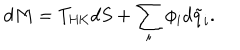
LaTeX: d M = T _ { \mathrm { H K } } d S + \sum _ { i } \phi _ { i } d \tilde { q } _ { i } .